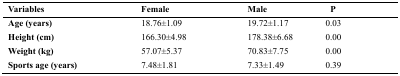
| Variables | Female | Male | P |
 | --- | --- | --- | --- |
 | Age (years) | 18.76±1.09 | 19.72±1.17 | 0.03 |
 | Height (cm) | 166.30±4.98 | 178.38±6.68 | 0.00 |
 | Weight (kg) | 57.07±5.37 | 70.83±7.75 | 0.00 |
 | Sports age (years) | 7.48±1.81 | 7.33±1.49 | 0.39 |